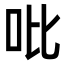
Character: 吡